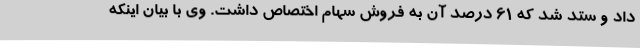
داد و ستد شد که 61 درصد آن به فروش سهام اختصاص داشت. وی با بیان اینکه